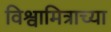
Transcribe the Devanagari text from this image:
विश्वामित्राच्या